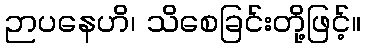
ဉာပနေဟိ၊ သိစေခြင်းတို့ဖြင့်။